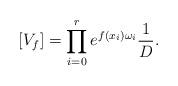
LaTeX: \begin{align*}[V_f] = \prod_{i=0}^r e^{f(x_i) \omega_i} \frac{1}{D}.\end{align*}